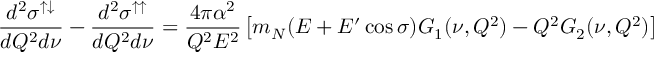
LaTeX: \frac { d ^ { 2 } \sigma ^ { \uparrow \downarrow } } { d Q ^ { 2 } d \nu } - \frac { d ^ { 2 } \sigma ^ { \uparrow \uparrow } } { d Q ^ { 2 } d \nu } = \frac { 4 \pi \alpha ^ { 2 } } { Q ^ { 2 } E ^ { 2 } } \left[ m _ { N } ( E + E ^ { \prime } \cos \sigma ) G _ { 1 } ( \nu , Q ^ { 2 } ) - Q ^ { 2 } G _ { 2 } ( \nu , Q ^ { 2 } ) \right]